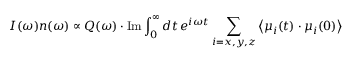
I ( \omega ) n ( \omega ) \propto Q ( \omega ) \cdot \mathrm { I m } \int _ { 0 } ^ { \infty } d t \, e ^ { i \omega t } \sum _ { i = x , y , z } \left\langle \boldsymbol { \mu } _ { i } ( t ) \cdot { \boldsymbol { \mu } _ { i } } ( 0 ) \right\rangle